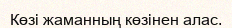
Көзi жаманның көзiнен алас.